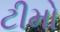
ટીમો